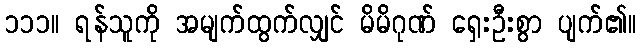
၁၁၁။ ရန်သူကို အမျက်ထွက်လျှင် မိမိဂုဏ် ရှေးဦးစွာ ပျက်၏။